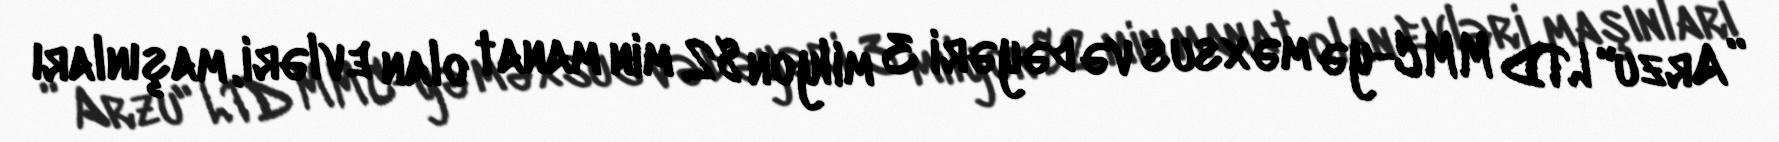
”Arzu" LTD MMC-yə məxsus və dəyəri 3 milyon 82 min manat olan evləri, maşınları